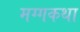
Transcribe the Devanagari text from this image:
मग्गकथा